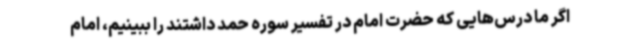
اگر ما درس‌هایی که حضرت امام در تفسیر سوره حمد داشتند را ببینیم، امام